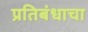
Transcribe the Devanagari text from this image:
प्रतिबंधाचा